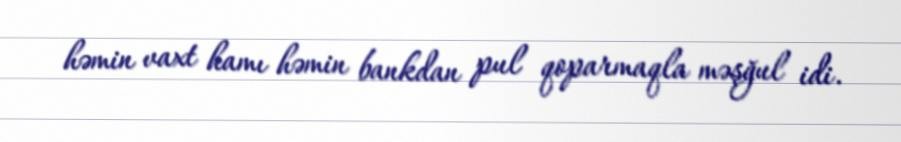
həmin vaxt hamı həmin bankdan pul qoparmaqla məşğul idi.